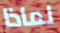
لماذا